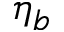
\eta _ { b }